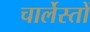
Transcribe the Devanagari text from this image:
चार्लेस्तों